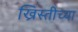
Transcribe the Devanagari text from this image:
ख्रिस्तीच्या